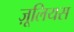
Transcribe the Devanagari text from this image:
ज़ूलियस